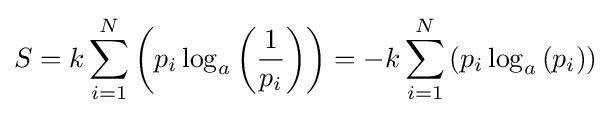
S=k\sum _{i=1}^{N}\left(p_{i}\log _{a}\left({\frac {1}{p_{i}}}\right)\right)=-k\sum _{i=1}^{N}\left(p_{i}\log _{a}\left({p_{i}}\right)\right)